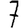
Digit: 7